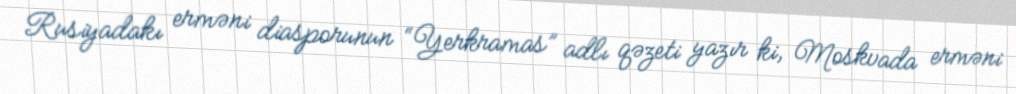
Rusiyadakı erməni diasporunun “Yerkramas” adlı qəzeti yazır ki, Moskvada erməni